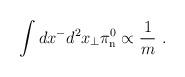
LaTeX: \begin{align*}\int dx^- d^2x_\perp \pi_{\rm n}^0 \propto \frac{1}{m}\ .\end{align*}